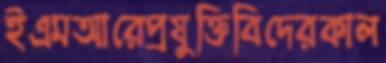
ইএমআরেপ্রযুক্তিবিদেরকাল